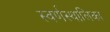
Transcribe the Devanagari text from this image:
स्वर्णस्थालिका